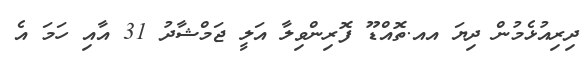
ދިރިއުޅެމުން ދިޔަ އއ.ތޮއްޑޫ ފޮރިންވިލާ އަލީ ޖަމްޝާދު 31 އާއި ހަމަ އެ